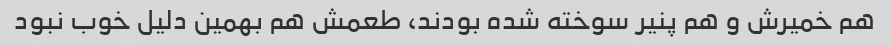
هم خمیرش و هم پنیر سوخته شده بودند، طعمش هم بهمین دلیل خوب نبود